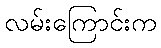
လမ်းကြောင်းက